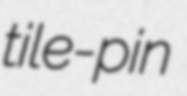
tile-pin